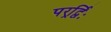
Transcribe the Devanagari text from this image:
परर्र्द्विः